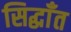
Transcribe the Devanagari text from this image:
सिद्धाँत